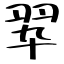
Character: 翆